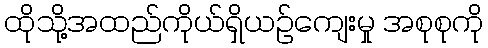
ထိုသို့အထည်ကိုယ်ရှိယဉ်ကျေးမှု အစုစုကို